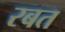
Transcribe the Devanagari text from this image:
रबत